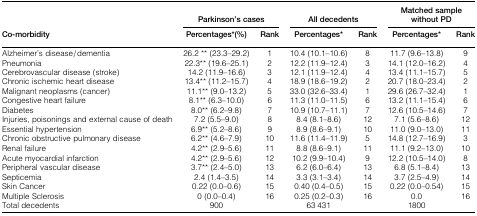
<table><thead><tr><td rowspan="2"><b>Co-morbidity</b></td><td colspan="2"><b>Parkinson&#x27;s cases</b></td><td colspan="2"><b>All decedents</b></td><td colspan="2"><b>Matched sample without PD</b></td></tr><tr><td><b>Percentages*(%)</b></td><td><b>Rank</b></td><td><b>Percentages*</b></td><td><b>Rank</b></td><td><b>Percentages*</b></td><td><b>Rank</b></td></tr></thead><tbody><tr><td>Alzheimer&#x27;s disease/dementia</td><td>26.2 ** (23.3–29.2)</td><td>1</td><td>10.4 (10.1–10.6)</td><td>8</td><td>11.7 (9.6–13.8)</td><td>9</td></tr><tr><td>Pneumonia</td><td>22.3** (19.6–25.1)</td><td>2</td><td>12.2 (11.9–12.4)</td><td>3</td><td>14.1 (12.0–16.2)</td><td>4</td></tr><tr><td>Cerebrovascular disease (stroke)</td><td>14.2 (11.9–16.6)</td><td>3</td><td>12.1 (11.9–12.4)</td><td>4</td><td>13.4 (11.1–15.7)</td><td>5</td></tr><tr><td>Chronic ischemic heart disease</td><td>13.4** (11.2–15.7)</td><td>4</td><td>18.9 (18.6–19.2)</td><td>2</td><td>20.7 (18.0–23.4)</td><td>2</td></tr><tr><td>Malignant neoplasms (cancer)</td><td>11.1** (9.0–13.2)</td><td>5</td><td>33.0 (32.6–33.4)</td><td>1</td><td>29.6 (26.7–32.4)</td><td>1</td></tr><tr><td>Congestive heart failure</td><td>8.1** (6.3–10.0)</td><td>6</td><td>11.3 (11.0–11.5)</td><td>6</td><td>13.2 (11.1–15.4)</td><td>6</td></tr><tr><td>Diabetes</td><td>8.0** (6.2–9.8)</td><td>7</td><td>10.9 (10.7–11.1)</td><td>7</td><td>12.6 (10.5–14.6)</td><td>7</td></tr><tr><td>Injuries, poisonings and external cause of death</td><td>7.2 (5.5–9.0)</td><td>8</td><td>8.4 (8.1–8.6)</td><td>12</td><td>7.1 (5.6–8.6)</td><td>12</td></tr><tr><td>Essential hypertension</td><td>6.9** (5.2–8.6)</td><td>9</td><td>8.9 (8.6–9.1)</td><td>10</td><td>11.0 (9.0–13.0)</td><td>11</td></tr><tr><td>Chronic obstructive pulmonary disease</td><td>6.2** (4.6–7.9)</td><td>10</td><td>11.6 (11.4–11.9)</td><td>5</td><td>14.8 (12.7–16.9)</td><td>3</td></tr><tr><td>Renal failure</td><td>4.2** (2.9–5.6)</td><td>11</td><td>8.8 (8.6–9.1)</td><td>11</td><td>11.1 (9.2–13.0)</td><td>10</td></tr><tr><td>Acute myocardial infarction</td><td>4.2** (2.9–5.6)</td><td>12</td><td>10.2 (9.9–10.4)</td><td>9</td><td>12.2 (10.5–14.0)</td><td>8</td></tr><tr><td>Peripheral vascular disease</td><td>3.7** (2.4–5.0)</td><td>13</td><td>6.2 (6.0–6.4)</td><td>13</td><td>6.8 (5.1–8.4)</td><td>13</td></tr><tr><td>Septicemia</td><td>2.4 (1.4–3.5)</td><td>14</td><td>3.3 (3.1–3.4)</td><td>14</td><td>3.7 (2.5–4.9)</td><td>14</td></tr><tr><td>Skin Cancer</td><td>0.22 (0.0–0.6)</td><td>15</td><td>0.40 (0.4–0.5)</td><td>15</td><td>0.22 (0.0–0.54)</td><td>15</td></tr><tr><td>Multiple Sclerosis</td><td>0 (0.0–0.4)</td><td>16</td><td>0.25 (0.2–0.3)</td><td>16</td><td>0.0</td><td>16</td></tr><tr><td>Total decedents</td><td>900</td><td></td><td>63 431</td><td></td><td>1800</td><td></td></tr></tbody></table>